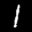
Label: 1